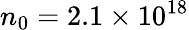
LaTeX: n_{0}=2.1\times 10^{18}